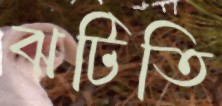
ঝটিতি